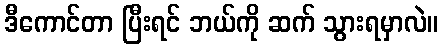
ဒီကောင်တာ ပြီးရင် ဘယ်ကို ဆက် သွားရမှာလဲ။